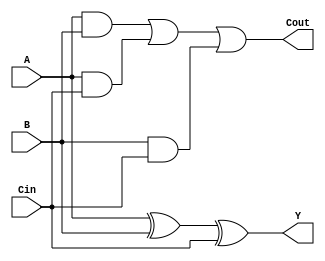
//carry save adder -- for implementing dadda multiplier
//csa for use of half adder and full adder.

module csa_dadda(A,B,Cin,Y,Cout);
input A,B,Cin;
output Y,Cout;
    
assign Y = A^B^Cin;  // 2 xor-gate
assign Cout = (A&B)|(A&Cin)|(B&Cin); 
//Option 1: 3 and-gate and 2 or-gate 
//Option 2: otherwise use another option: 1 and-nor gate ,1 and gate ,1 or gate,1 not gate
//************************************************//
// the second score is total 20, while the first needs 30, the second is better
    
endmodule